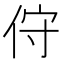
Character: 㑏